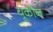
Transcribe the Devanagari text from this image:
यूकौन